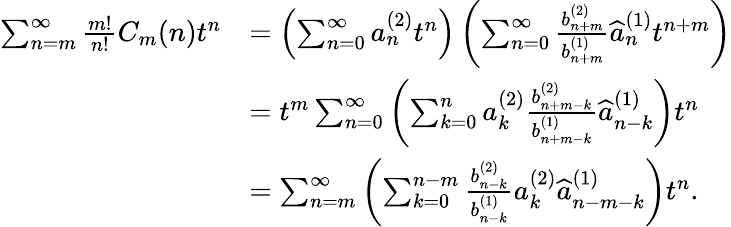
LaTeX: \begin{array}{rl}{\sum_{n=m}^{\infty}{\frac{m!}{n!}}C_{m}(n)t^{n}}&{=\left(\sum_{n=0}^{\infty}a_{n}^{(2)}t^{n}\right)\left(\sum_{n=0}^{\infty}{\frac{b_{n+m}^{(2)}}{b_{n+m}^{(1)}}}\widehat{a}_{n}^{(1)}t^{n+m}\right)}\\ &{=t^{m}\sum_{n=0}^{\infty}\left(\sum_{k=0}^{n}a_{k}^{(2)}{\frac{b_{n+m-k}^{(2)}}{b_{n+m-k}^{(1)}}}\widehat{a}_{n-k}^{(1)}\right)t^{n}}\\ &{=\sum_{n=m}^{\infty}\left(\sum_{k=0}^{n-m}{\frac{b_{n-k}^{(2)}}{b_{n-k}^{(1)}}}a_{k}^{(2)}\widehat{a}_{n-m-k}^{(1)}\right)t^{n}.}\end{array}